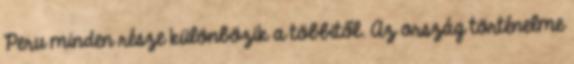
Peru minden része különbözik a többitől. Az ország történelme